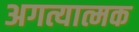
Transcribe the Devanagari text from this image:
अगत्यात्मक